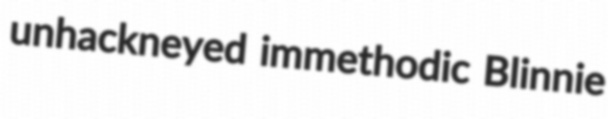
unhackneyed immethodic Blinnie